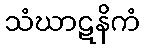
သံဃာဋနိကံ